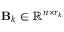
\mathbf { B } _ { k } \in \mathbb { R } ^ { n \times r _ { k } }